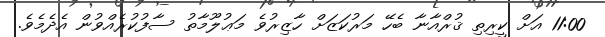
11:00 އަށް ކީރިތި ޤުރްއާނާ ބެހޭ މަރުކަޒަށް ހާޒިރުވެ މަޢުލޫމާތު ސާފުކުރެއްވުން އެދެމެވެ.